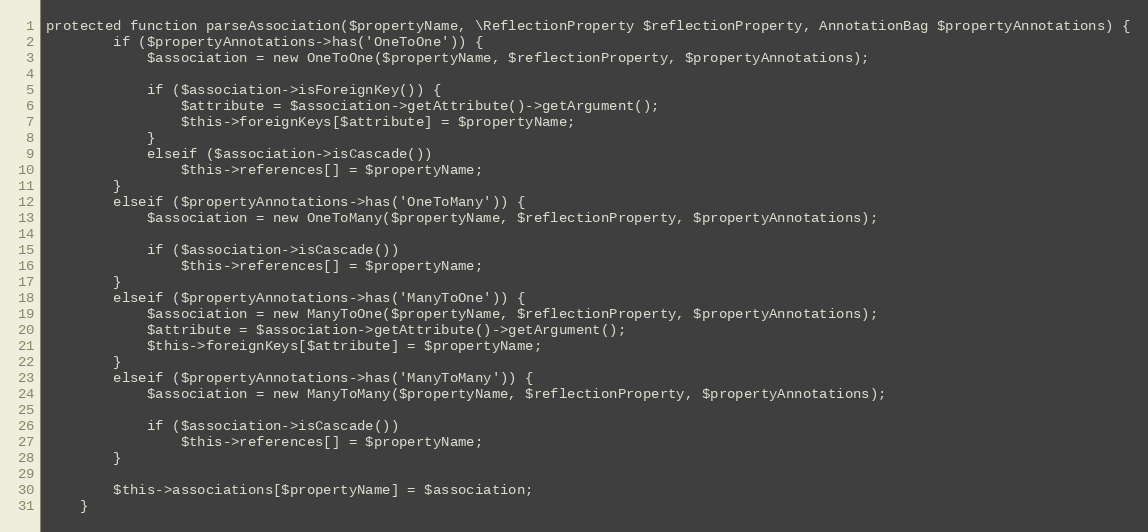
Language: PHP
protected function parseAssociation($propertyName, \ReflectionProperty $reflectionProperty, AnnotationBag $propertyAnnotations) {
		if ($propertyAnnotations->has('OneToOne')) {
			$association = new OneToOne($propertyName, $reflectionProperty, $propertyAnnotations);

			if ($association->isForeignKey()) {
				$attribute = $association->getAttribute()->getArgument();
				$this->foreignKeys[$attribute] = $propertyName;
			}
			elseif ($association->isCascade())
				$this->references[] = $propertyName;
		}
		elseif ($propertyAnnotations->has('OneToMany')) {
			$association = new OneToMany($propertyName, $reflectionProperty, $propertyAnnotations);

			if ($association->isCascade())
				$this->references[] = $propertyName;
		}
		elseif ($propertyAnnotations->has('ManyToOne')) {
			$association = new ManyToOne($propertyName, $reflectionProperty, $propertyAnnotations);
			$attribute = $association->getAttribute()->getArgument();
			$this->foreignKeys[$attribute] = $propertyName;
		}
		elseif ($propertyAnnotations->has('ManyToMany')) {
			$association = new ManyToMany($propertyName, $reflectionProperty, $propertyAnnotations);

			if ($association->isCascade())
				$this->references[] = $propertyName;
		}

		$this->associations[$propertyName] = $association;
	}